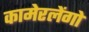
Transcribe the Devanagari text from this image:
कामेरलेंगो